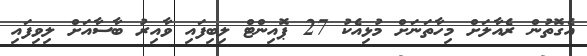
އެގޮތުން ރެއާލަށް މިހާތަނަށް މުޅިއެކު 27 ޕޮއިންޓް ލިބިފައި ވާއިރު ބާސާއަށް ލިވިފައި